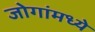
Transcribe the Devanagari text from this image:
जोगांमध्ये